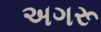
અગરૂ